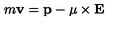
m { \bf v } = { \bf p } - { \bf \mu } \times { \bf E }